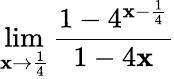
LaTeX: \lim\limits_{\mathbf{x}\rightarrow\frac{{1}}{{4}}}\frac{{1-4^{\mathbf{x}-\frac{{1}}{{4}}}}}{{1-4\mathbf{x}}}